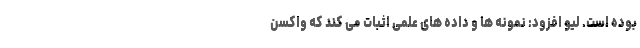
بوده است. لیو افزود: نمونه ها و داده های علمی اثبات می کند که واکسن